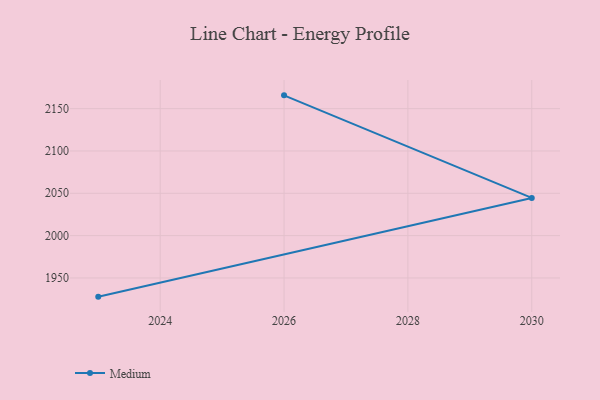
{"axis": {"x": "Year", "y": "Headcount"}, "legend": ["Medium"], "data": [{"x": "2026", "y": 2165.7, "type": "Medium"}, {"x": "2030", "y": 2044.5, "type": "Medium"}, {"x": "2023", "y": 1927.9, "type": "Medium"}]}